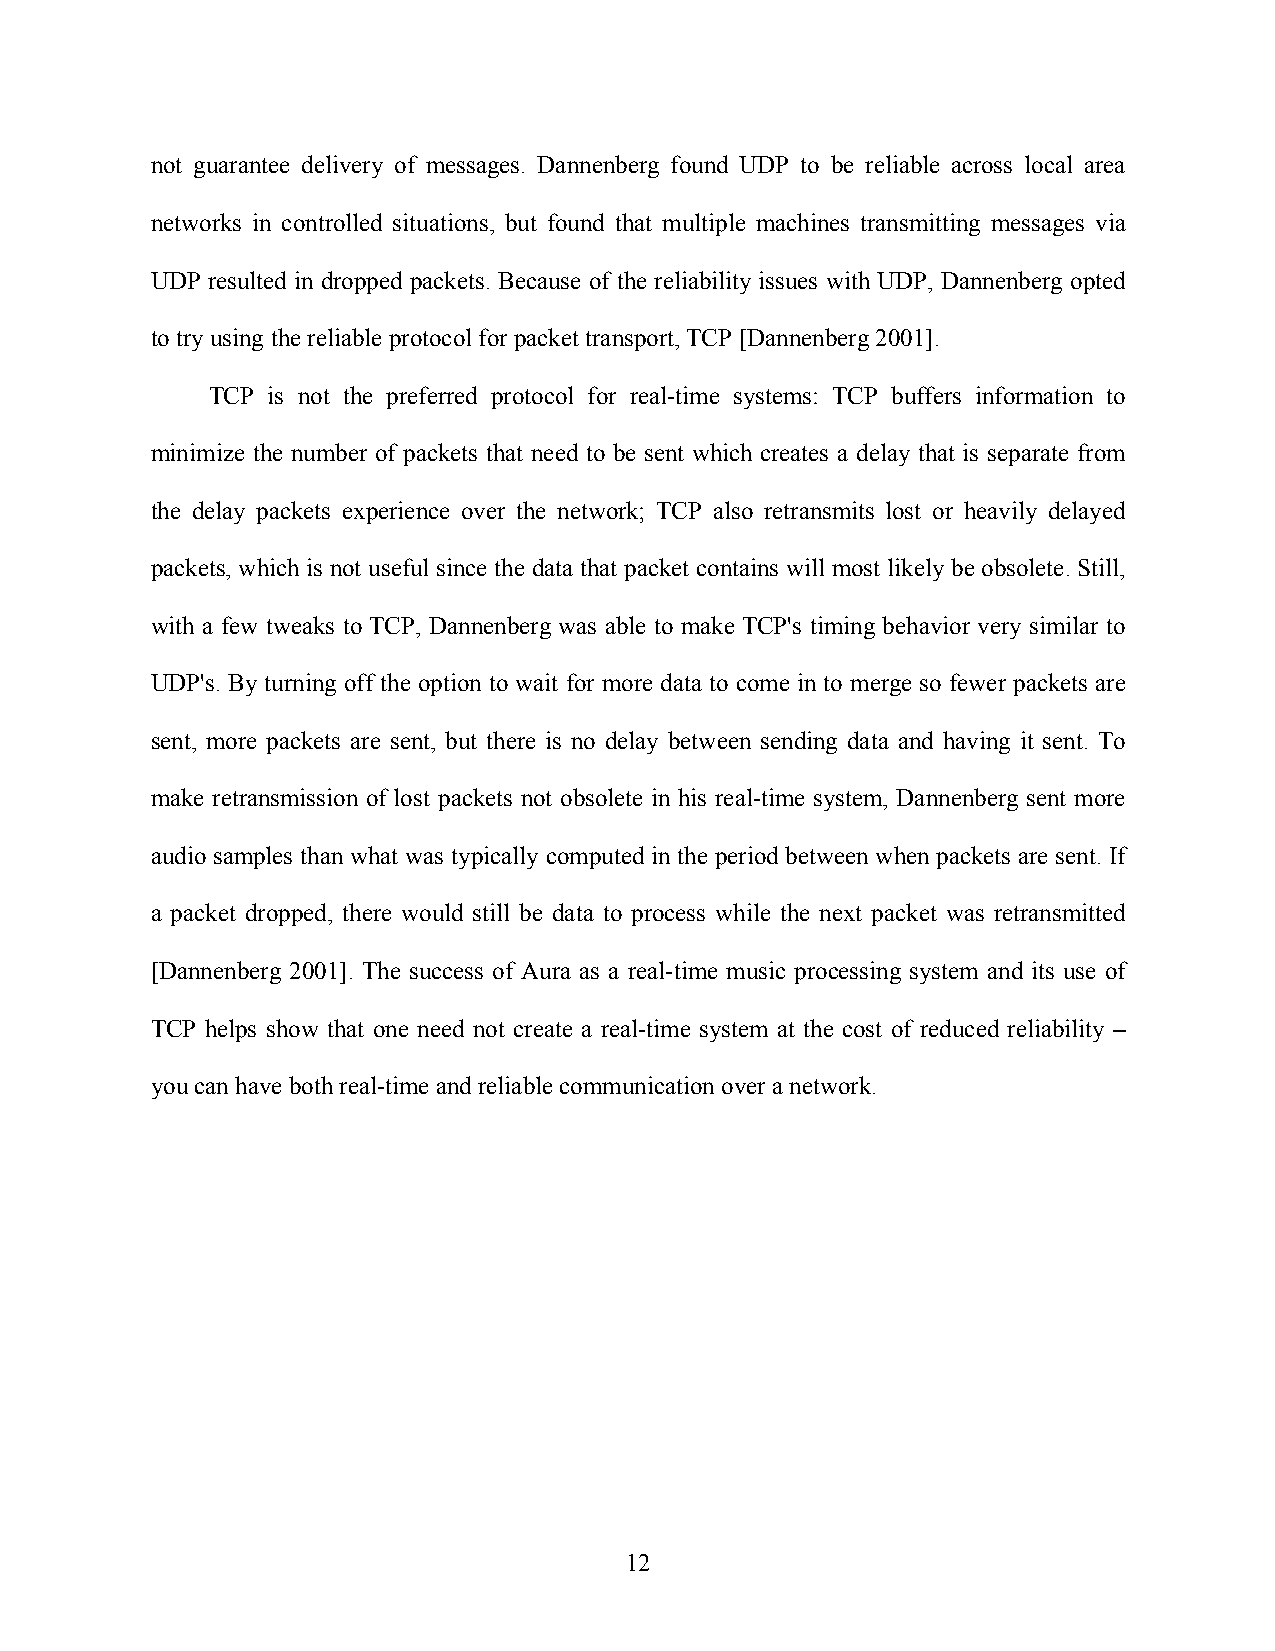
not guarantee delivery of messages. Dannenberg found UDP to be reliable across local area
 networks in controlled situations, but found that multiple machines transmitting messages via
 UDP resulted in dropped packets. Because of the reliability issues with UDP, Dannenberg opted
 to try using the reliable protocol for packet transport, TCP [Dannenberg 2001].
 TCP is not the preferred protocol for real-time systems: TCP buffers information to
 minimize the number of packets that need to be sent which creates a delay that is separate from
 the delay packets experience over the network; TCP also retransmits lost or heavily delayed
 packets, which is not useful since the data that packet contains will most likely be obsolete. Still,
 with a few tweaks to TCP, Dannenberg was able to make TCP's timing behavior very similar to
 UDP's. By turning off the option to wait for more data to come in to merge so fewer packets are
 sent, more packets are sent, but there is no delay between sending data and having it sent. To
 make retransmission of lost packets not obsolete in his real-time system, Dannenberg sent more
 audio samples than what was typically computed in the period between when packets are sent. If
 a packet dropped, there would still be data to process while the next packet was retransmitted
 [Dannenberg 2001]. The success of Aura as a real-time music processing system and its use of
 TCP helps show that one need not create a real-time system at the cost of reduced reliability –
 you can have both real-time and reliable communication over a network.
 12